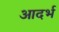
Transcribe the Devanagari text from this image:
आदर्भ